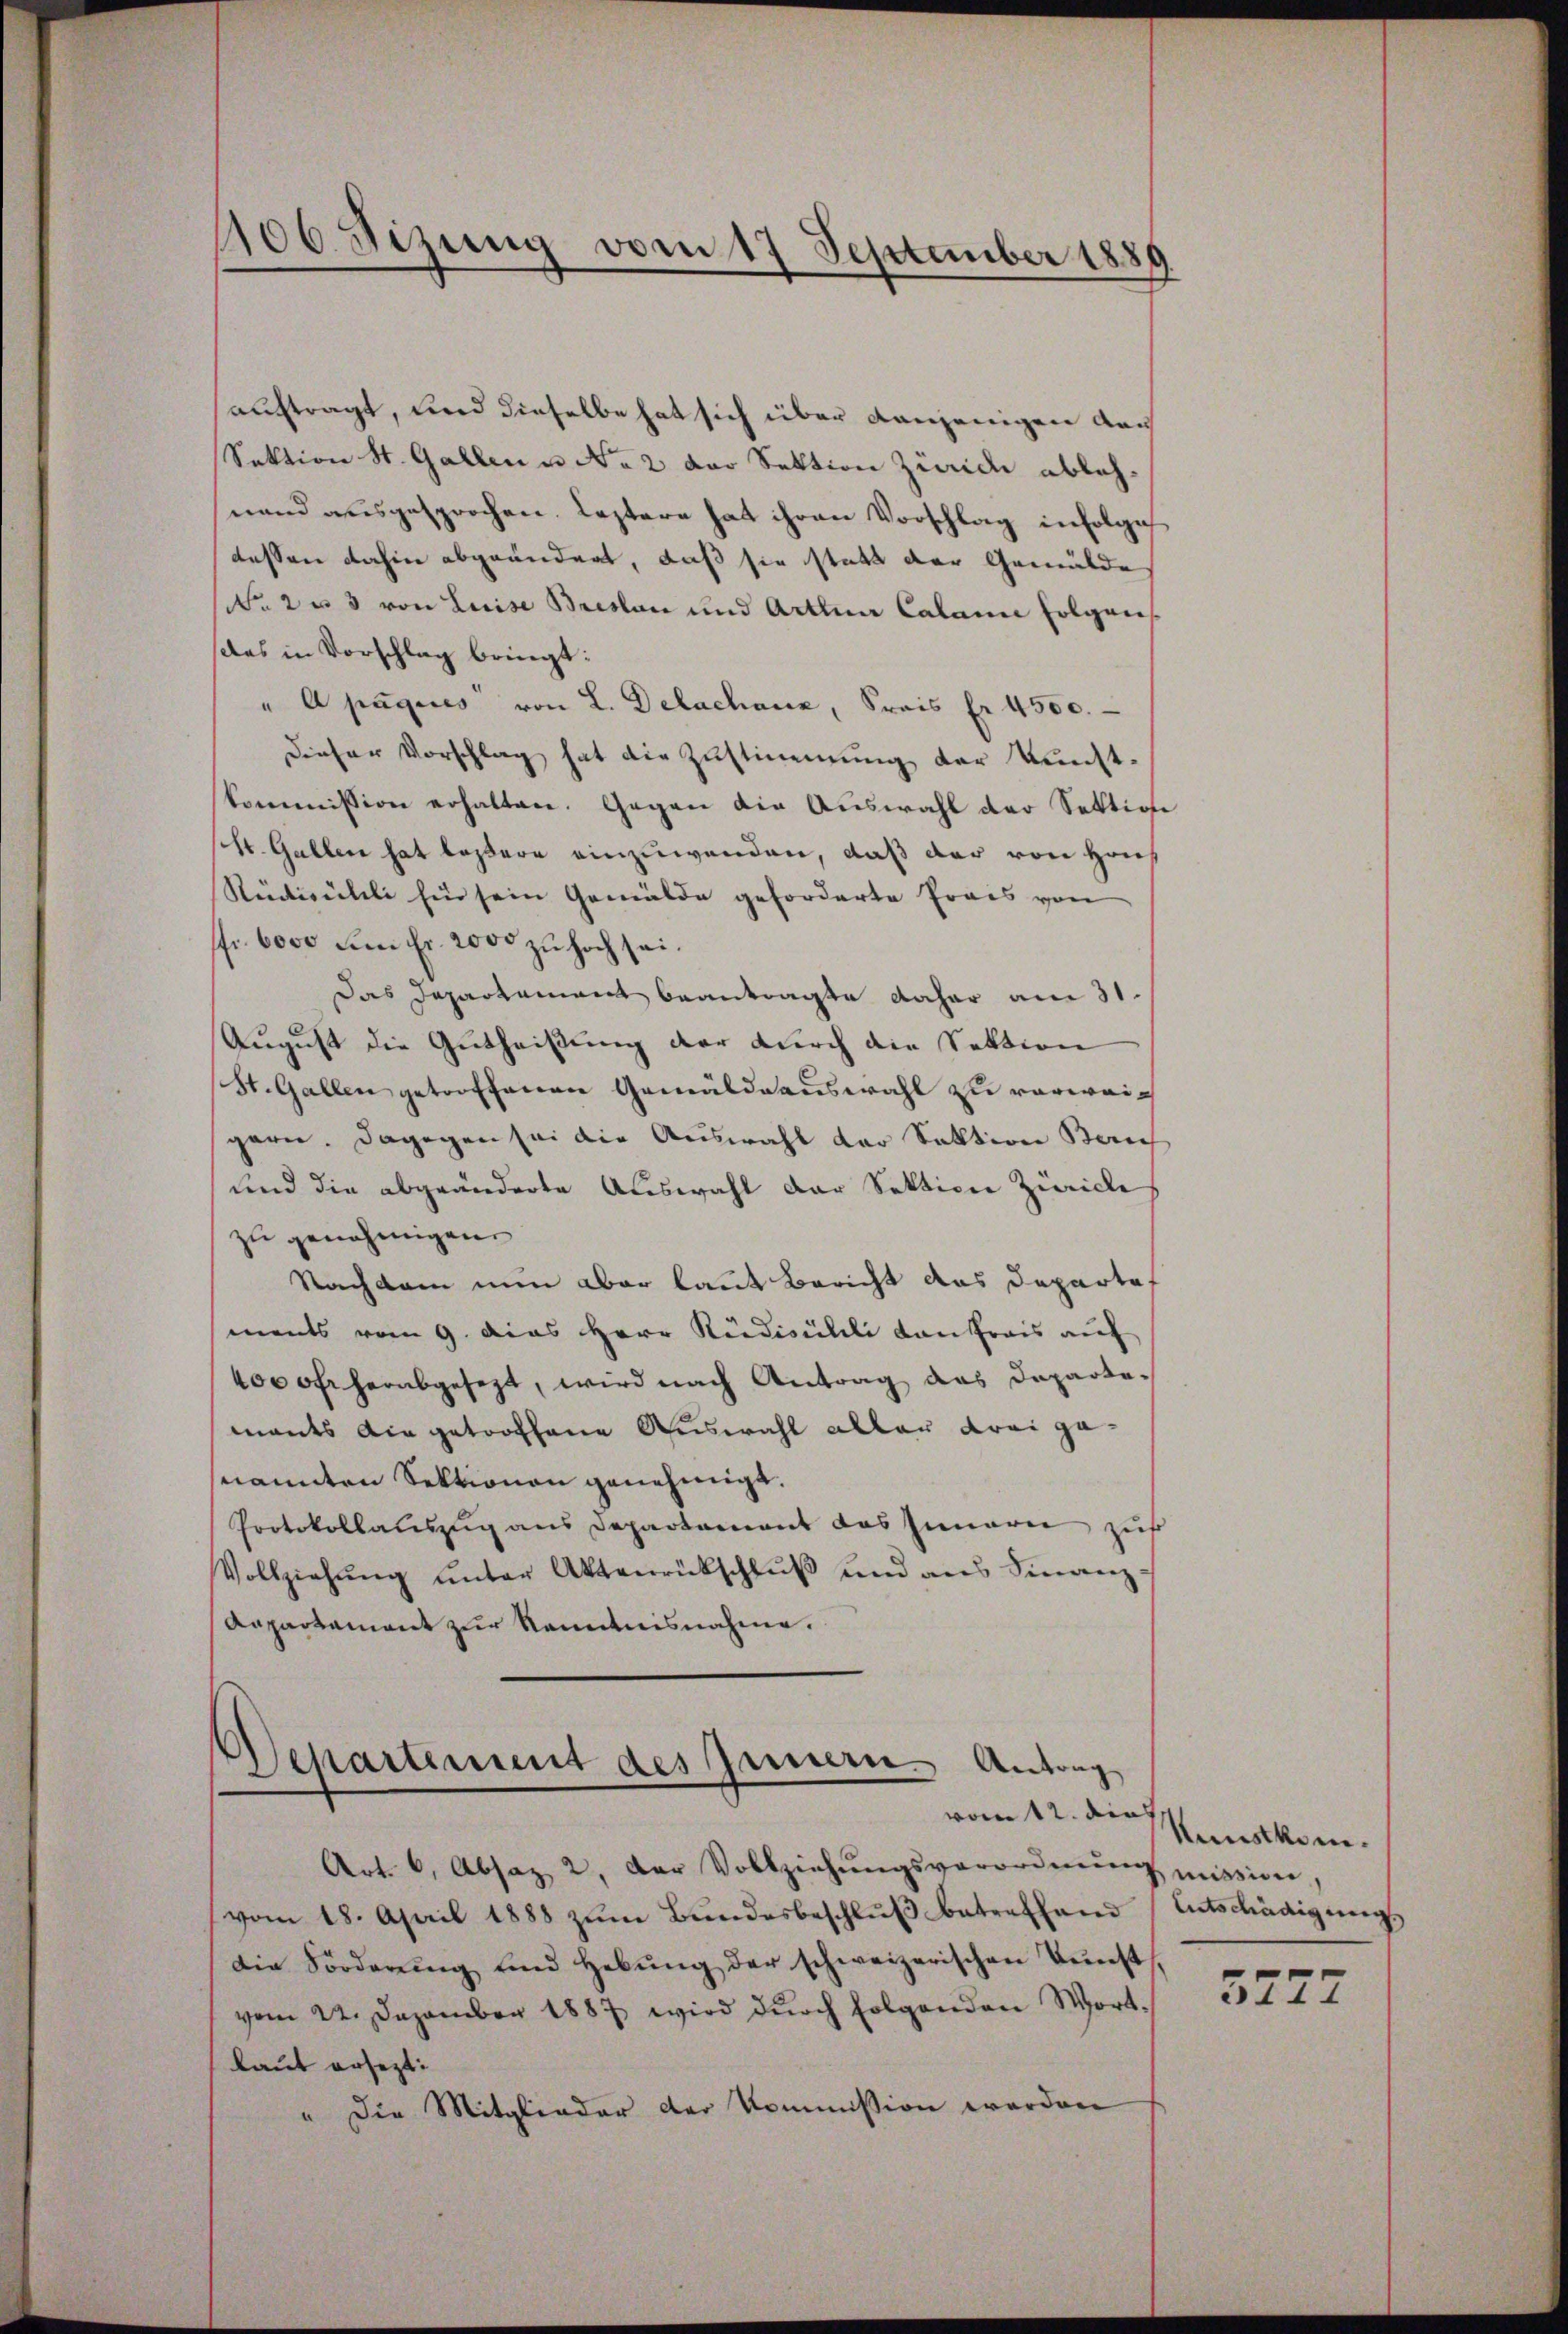
auftragt, und dieselbe hat sich über denjenigen dach
Sektion St. Gallen u. No. 2 der Sektion Zürich ablehnand ausgesprochen. Leztere hat ihren Vorschlag infolge
dessen dahin abgeändert, daß sie statt der Gemälde
NNo. 2 u 3 von Luise Breslan und Arten Calamie folgen
das in Vorschlag bringt:
" Apagues von L. Delachanz, Krais fr 4500.
Dieser Vorschlag hat die Zustimmung der Kunstkommission erhalten. Gegen die Auswahl der Sektione
sch. Gallen hat lassere einzuwenden, daß der von Hrn.
Stedicileli hin sein Gemälde geforderte Preis von
ffr. 6000 um Fr. 2000 zu hoch sei.
Das Departement beantragte daher am 31.
August die Gutheißung der durch die Sektion
St. Gallen getroffenen Gemäldeauswahl zu verweich
gern. Dagegen sei die Auswahl der Sektion Bauch
und die abgeänderte Auswahl der Sektion Zürich
zu genehmigen.
Nachdem nun aber laut Bericht das Departof
ments vom 9. das Herr Rudicilli von Prais auf
400 oft herabgesezt, wird nach Antrag das Departemants die getroffene Auswahl aller drei gesnannten Sektionen genehmigt.
Protokollauszug aus Departament das Innern zuf
Vollziehŭng ŭnter Aktenrückschlŭβ ŭnd ans Finanz-
Anpartement zur Kenntnisnahme.

1106. Sizung vom 17 September 1889

Departement des Innern Antrag

Art. 6, Absaz 2., der Vollziehŭngsverordnŭng mission,
vom 18. April 1888 zŭm Bŭndesbeschlŭβ betreffend Entschädigŭngs
Die Forderŭng und Hebŭng der schweizerischen Tŭnst
vom 22. Dezember 1887 wird durch folgenden Wortlaut ersezt:
" Die Mitglieder der Kommission werden

vom 12. der Kunstkom

5777